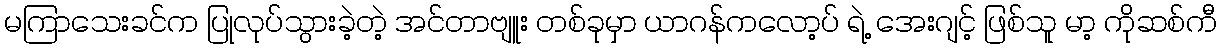
မကြာသေးခင်က ပြုလုပ်သွားခဲ့တဲ့ အင်တာဗျူး တစ်ခုမှာ ယာဂန်ကလော့ပ် ရဲ့ အေးဂျင့် ဖြစ်သူ မာ့ ကိုဆစ်ကီ